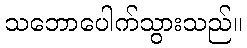
သဘောပေါက်သွားသည်။